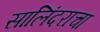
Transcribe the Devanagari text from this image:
सालिंदराचा